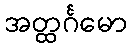
အတ္ထင်္ဂမော